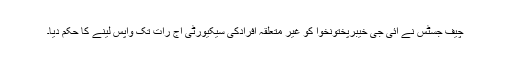
چیف جسٹس نے آئی جی خیبرپختونخوا کو غیر متعلقہ افرادکی سیکیورٹی آج رات تک واپس لینے کا حکم دیا۔